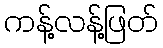
ကန့်လန့်ဖြတ်